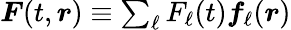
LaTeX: \begin{array}{r}{\boldsymbol{F}(t,\boldsymbol{r})\equiv\sum_{\ell}F_{\ell}(t)\boldsymbol{f}_{\ell}(\boldsymbol{r})}\end{array}